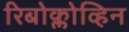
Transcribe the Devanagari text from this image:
रिबोक्लोव्हिन